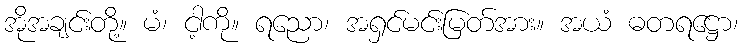
အိုအချင်းတို့။ မံ၊ ငါ့ကို။ ရညော၊ အရှင်မင်းမြတ်အား။ အယံ ဓတရဋ္ဌော၊